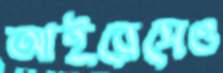
আইরেসেও